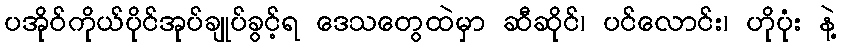
ပအိုဝ်ကိုယ်ပိုင်အုပ်ချုပ်ခွင့်ရ ဒေသတွေထဲမှာ ဆီဆိုင်၊ ပင်လောင်း၊ ဟိုပုံး နဲ့